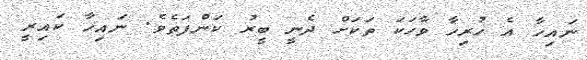
ނައިހާ އެ ހުރިހާ ވާހަކަ ތަކަށް ދެނީ ބީރު ކަންފަތެވެ. ނައިހާ ކައިރީ